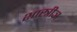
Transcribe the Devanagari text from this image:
शास्त्रीञ